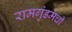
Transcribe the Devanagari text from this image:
रामगुंडमची